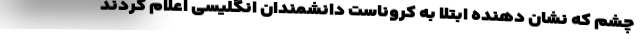
چشم که نشان دهنده ابتلا به کروناست دانشمندان انگلیسی اعلام کردند